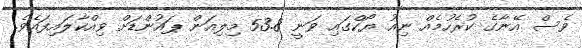
ވެސް އޭނާގެ ކުރެހުމެއް ނިއު ޔޯކްގައި ވަނީ 53.8 މިލިއަން ޕައުންޑަށް ވިއްކާލައިފައެވެ.